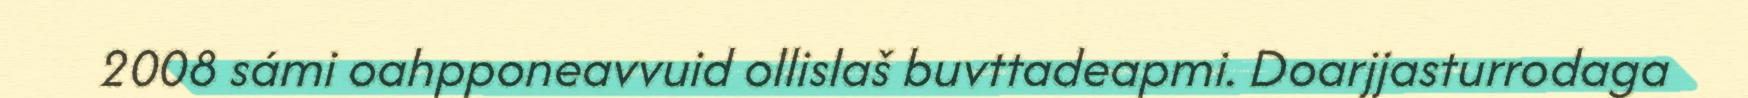
2008 sámi oahpponeavvuid ollislaš buvttadeapmi. Doarjjasturrodaga